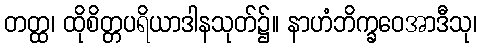
တတ္ထ၊ ထိုစိတ္တပရိယာဒါနသုတ်၌။ နာဟံဘိက္ခဝေအာဒီသု၊